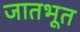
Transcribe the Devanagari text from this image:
जातभूत